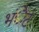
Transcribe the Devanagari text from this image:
भंेट